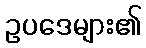
ဥပဒေများ၏